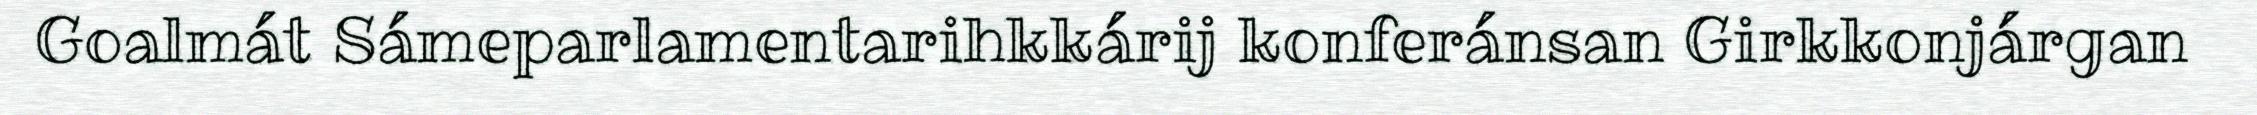
Goalmát Sámeparlamentarihkkárij konferánsan Girkkonjárgan